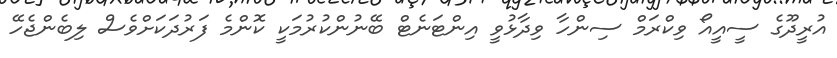
އުރީދޫގެ ސީއީއޯ ވިކްރަމް ސިންހާ ވިދާޅުވީ އިންޓަނެޓް ބޭނުންކުރުމަކީ ކޮންމެ ފަރުދަކަށްވެސް ލިބެންޖެހޭ